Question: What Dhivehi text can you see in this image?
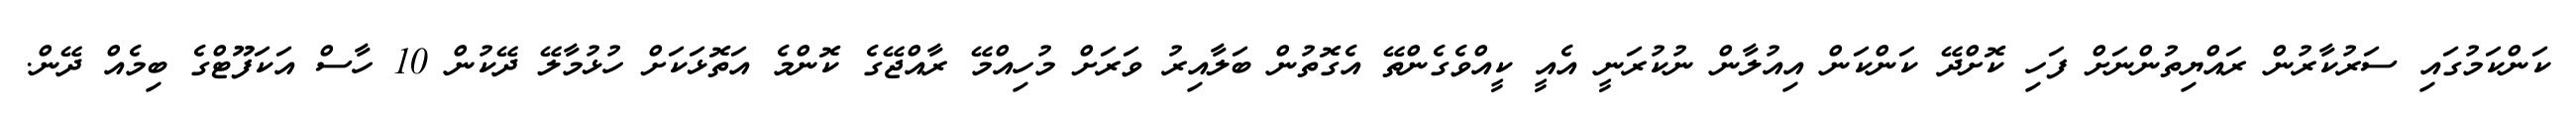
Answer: ކަންކަމުގައި ސަރުކާރުން ރައްޔިތުންނަށް ފަހި ކޮށްދޭ ކަންކަން އިއުލާން ނުކުރަނީ އެއީ ކީއްވެގެންތޭ އެގޮތުން ބަލާއިރު ވަރަށް މުހިއްމޭ ރާއްޖޭގެ ކޮންމެ އަތޮޅަކަށް ހުޅުމާލޭ ދޭކުން 10 ހާސް އަކަފޫޓްގެ ބިމެއް ދޭން.